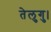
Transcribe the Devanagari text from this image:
तेलुगु।